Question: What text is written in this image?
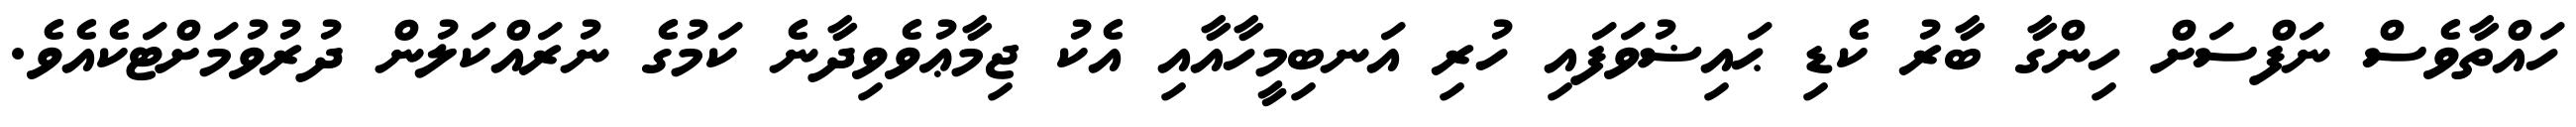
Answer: ހައްތާވެސް ނަފްސަށް ހިންގާ ބާރު ކެޑި ޙައިޟުވަފައި ހުރި އަނބިމީހާއާއި އެކު ޖިމާޢުވެވިދާނެ ކަމުގެ ނުރައްކަލުން ދުރުވުމަށްޓަކެއެވެ.